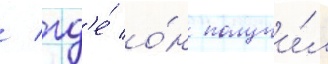
/ гд'е́ о́н получи́л